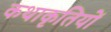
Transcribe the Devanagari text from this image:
कथाकृतियों